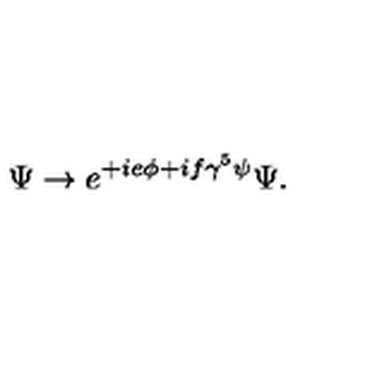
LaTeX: \Psi \rightarrow e ^ { + i e \phi + i f \gamma ^ { 5 } \psi } \Psi .